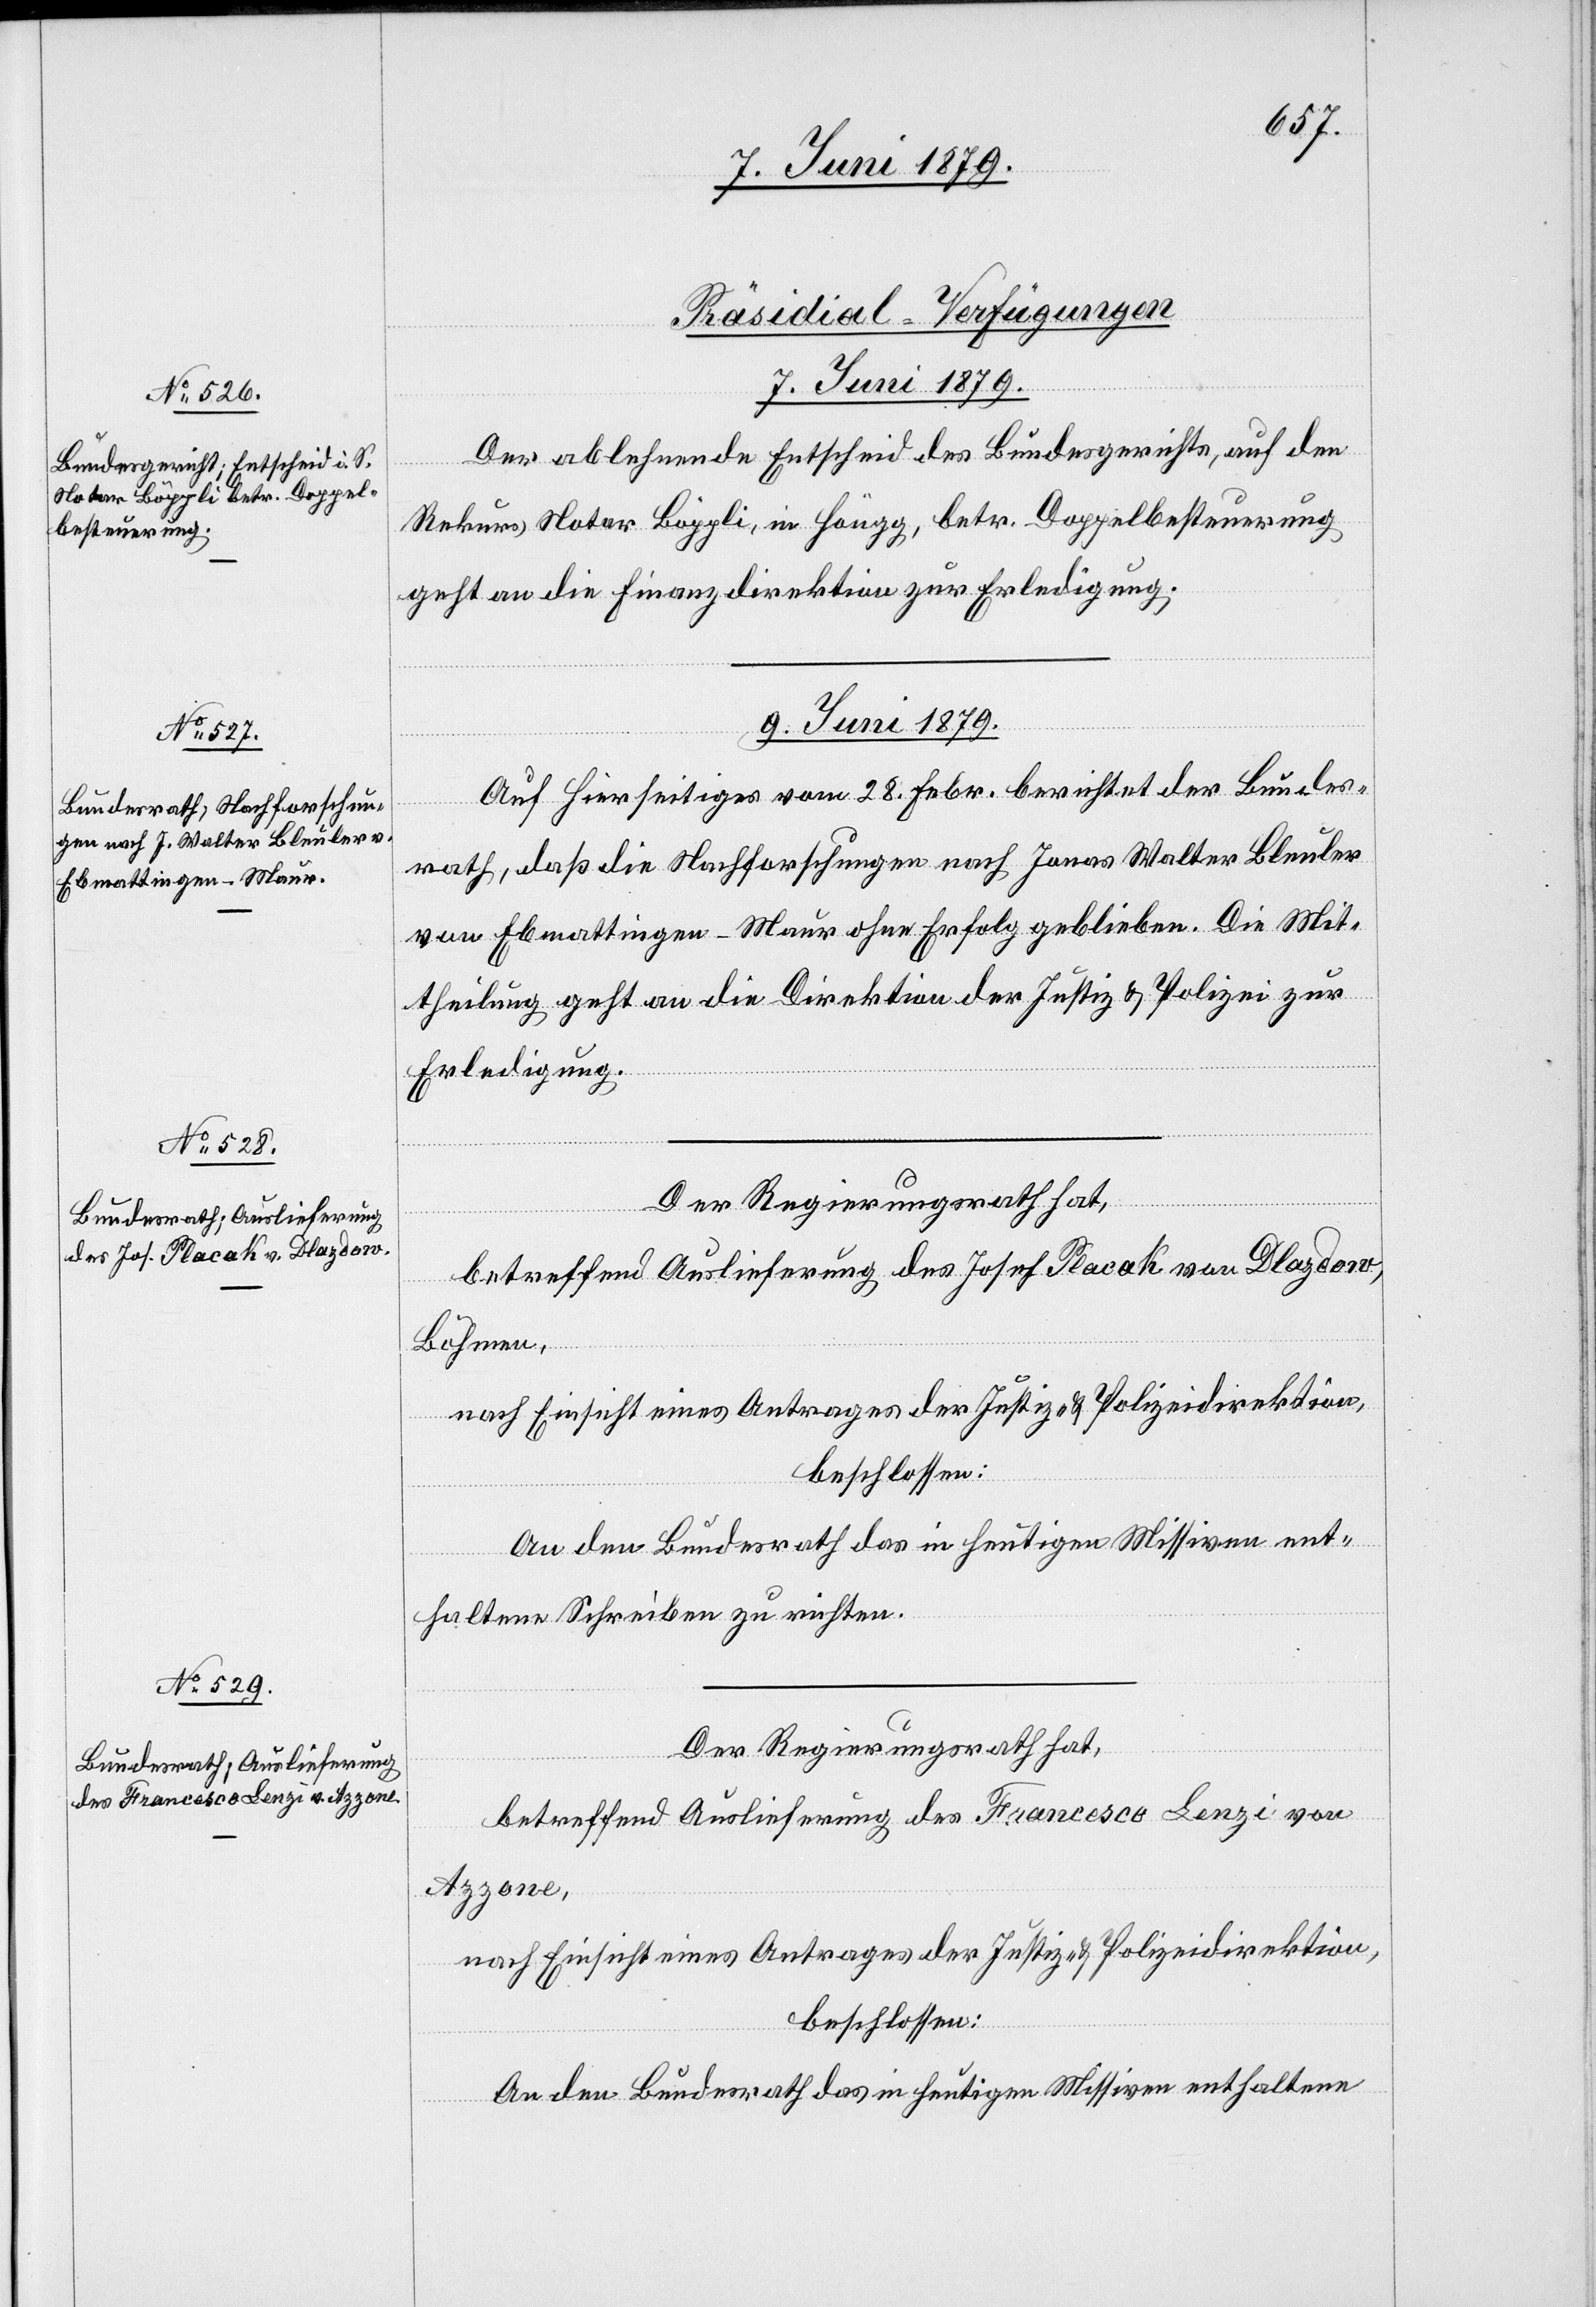
[Präsidial-Verfügungen
7. Juni 1879.
Der ablehnende Entscheid des Bundesgerichts, auf den
Rekurs Notar Böppli, in Höngg, betr. Doppelbesteuerung
geht an die Finanzdirektion zur Erledigung.
9. Juni 1879.]
Auf Hierseitiges vom 28. Febr. berichtet der Bundes¬
rath, daß die Nachforschungen nach Jonas Walter Bleuler
von Ebmattingen - Maur ohne Erfolg geblieben. Die Mit¬
theilung geht an die Direktion der Justiz & Polizei zur
Erledigung.
Der Regierungsrath hat,
betreffend Auslieferung des Josef Placak von Dlazdow,
Böhmen,
nach Einsicht eines Antrages der Justiz- & Polizeidirektion,
beschlossen:
An den Bundesrath das in heutigen Missiven ent¬
haltene Schreiben zu richten.
Der Regierungsrath hat,
betreffend Auslieferung des Francesco Lenzi von
Azzone,
nach Einsicht eines Antrages der Justiz- & Polizeidirektion,
beschlossen:
An den Bundesrath das in heutigen Missiven enthaltene